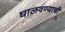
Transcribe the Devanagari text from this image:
घालवण्याची